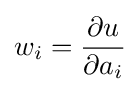
w_{i}={\frac {\partial u}{\partial a_{i}}}